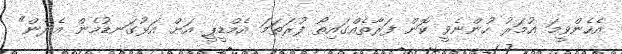
އެހެންވީމަ އުމަރު ހުންނެވީ ކޮން ފަރާތެއްގައިތޯ ފުރަތަމަ އެމްޑީޕީ އަށް އަޅުގަނޑުމެން އެދެން"